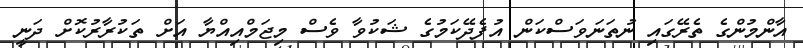
އާންމުންގެ ތެރޭގައި ނުތަނަވަސްކަން އުފެދޭކަމުގެ ޝަކުވާ ވެސް މިޖަމްއިއްޔާ އަށް ތަކުރާރުކޮށް ދަނީ